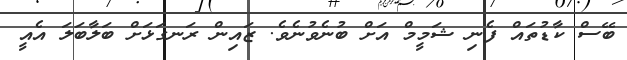
ބޭސް ކާޑުތައް ފެނި ޝަމީމް އަށް ބުނެވުނެވެ. ޒައިން ރަނގަޅަށް ބަލާބަލަ އެއީ